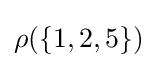
{\textstyle \rho (\{1,2,5\})}